Indian journal of veterinary science and animal husbandry - Volume 3,
Year: 1933
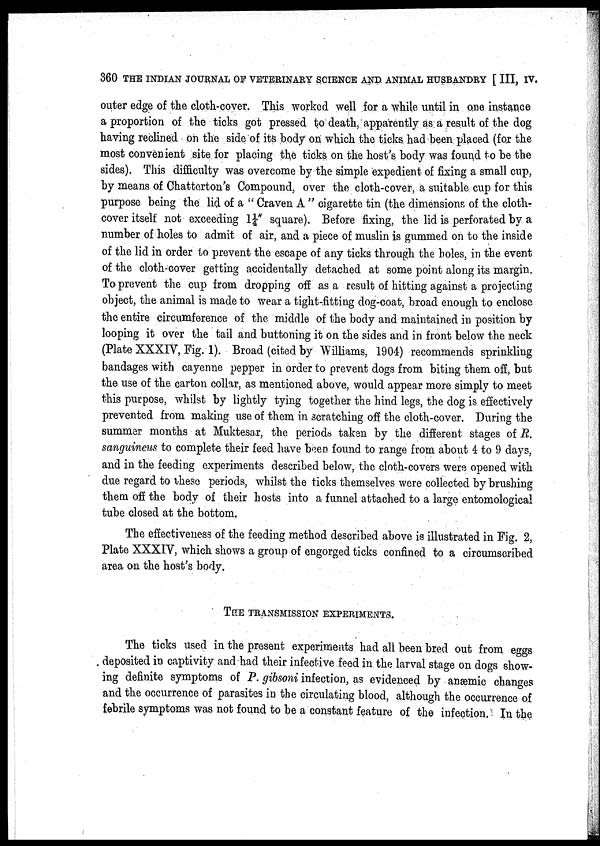
360 THE INDIAN JOURNAL OF VETERINARY SCIENCE AND. ANIMAL HUSBANDRY [ III, IV.
outer edge of the cloth-cover. This worked well for a while until in one instance
a proportion of the ticks got pressed to death, apparently as a result of the dog
having reclined on the side of its body on which the ticks had been placed (for the
most convenient site for placing the ticks on the host's body was found to be the
sides). This difficulty was overcome by the simple expedient, of fixing a small cup,
by means of Chatterton's Compound, over the cloth-cover, a suitable cup for this
purpose being the lid of a " Craven A " cigarette tin (the dimensions of the cloth-
cover itself not exceeding 1¼ N square). Before fixing, the lid is perforated by a
number of holes to admit of air, and a piece of muslin is gummed on to the inside
of the lid in order to prevent the escape of any ticks through the boles, in the event
of the cloth-cover getting accidentally detached at some point along its margin.
To prevent the cup from dropping off as a result of hitting against a projecting
object, the animal is made to wear a tight-fitting dog-coat, broad enough to enclose
the entire circumference of the middle of the body and maintained in position by
looping it over the tail and buttoning it on the sides and in front below the neck
(Plate XXXIV, Fig. 1). Broad (cited by Williams, 1904) recommends sprinkling
bandages with cayenne pepper in order to prevent dogs from biting them off, but
the use of the carton collar, as mentioned above, would appear more simply to meet
this purpose, whilst by lightly tying together the hind legs, the dog is effectively
prevented from making use of them in scratching off the cloth-cover. During the
summer months at Muktesar, the periods taken by the different stages of R.
sanguineus to complete their feed have been found to range from about 4 to 9 days,
and in the feeding experiments described below, the cloth-covers were opened with
due regard to these periods, whilst the ticks themselves were collected by brushing
them off the body of their hosts into a funnel attached to a large entomological
tube closed at the bottom.
The effectiveness of the feeding method described above is illustrated in Fig. 2,
Plate XXXIV, which shows a group of engorged ticks confined to a circumscribed
area on the host's body.
THE TRANSMISSION EXPERIMENTS.
The ticks used in the present experiments had all been bred out from eggs
deposited in captivity and had their infective feed in the larval stage on dogs show-
ing definite symptoms of P. gibsoni infection, as evidenced by anæmic changes
and the occurrence of parasites in the circulating blood, although the occurrence of
febrile symptoms was not found to be a constant feature of the infection. In the